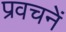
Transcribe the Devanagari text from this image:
प्रवचनें